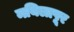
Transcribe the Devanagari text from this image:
मयिलापूर